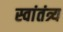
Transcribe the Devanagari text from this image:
स्वांतंत्र्य